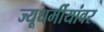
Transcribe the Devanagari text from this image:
ज्यूधर्मीयांवर